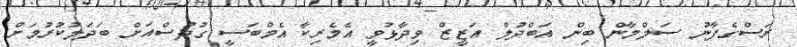
ރަސްގެފާނު ސަލްމާން ބިން އަބްދުލް އަޒީޒް ވިދާޅުވީ އެމެރިކާ އެމްބަސީ ގުދުސްއަށް ބަދަލުކުރުމަށް